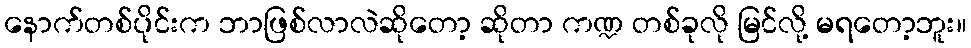
နောက်တစ်ပိုင်းက ဘာဖြစ်လာလဲဆိုတော့ ဆိုတာ ကဏ္ဍ တစ်ခုလို မြင်လို့ မရတော့ဘူး။